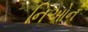
નિઓન